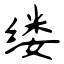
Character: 缕